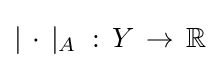
|\,\cdot \,|_{A}\;:\,Y\,\to \,\mathbb {R}